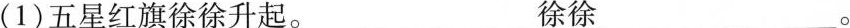
(1)五星红旗徐徐升起。__徐徐__。